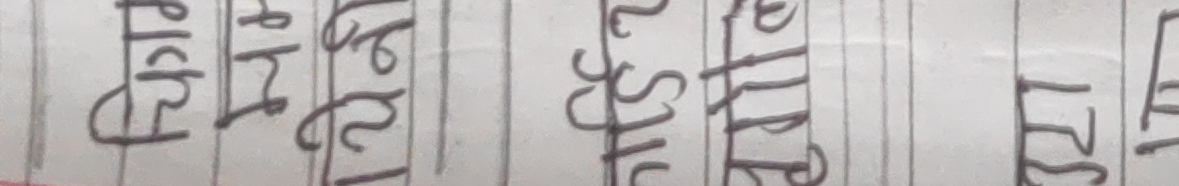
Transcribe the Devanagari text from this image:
विशेष प्रविधि